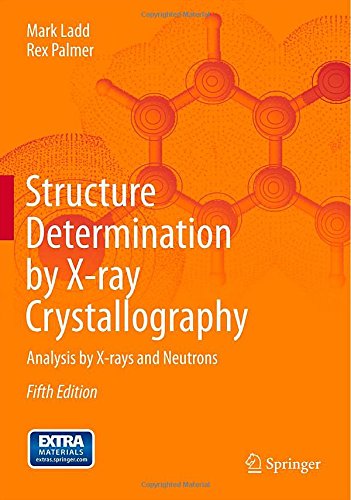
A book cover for Structure Determination by X-ray Crystallography: Analysis by X-rays and Neutrons; Mark Ladd; Science & Math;